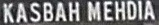
KASBAH MEHDIA